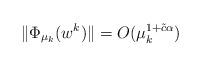
LaTeX: \begin{align*}\|\Phi_{\mu_k}(w^k)\|=O(\mu_k^{1+\tilde{c}\alpha})\end{align*}